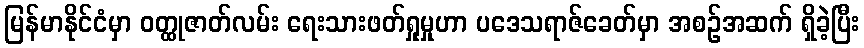
မြန်မာနိုင်ငံမှာ ဝတ္ထုဇာတ်လမ်း ရေးသားဖတ်ရှုမှုဟာ ပဒေသရာဇ်ခေတ်မှာ အစဉ်အဆက် ရှိခဲ့ပြီး